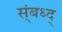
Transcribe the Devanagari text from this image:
स्ंबध्द्